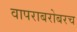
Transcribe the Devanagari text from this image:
वापराबरोबरच